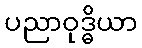
ပညာဝုဒ္ဓိယာ